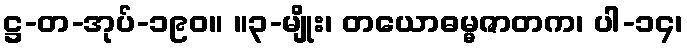
ဋ္ဌ-တ-အုပ်-၁၉၀။ ။၃-မျိုး၊ တယောဓမ္မဇာတက၊ ပါ-၁၄၊